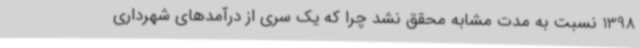
1398 نسبت به مدت مشابه محقق نشد چرا که یک سری از درآمدهای شهرداری